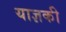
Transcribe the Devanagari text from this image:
याज्ञकी